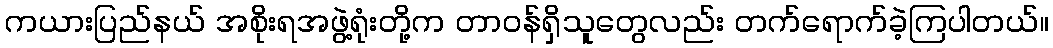
ကယားပြည်နယ် အစိုးရအဖွဲ့ရုံးတို့က တာဝန်ရှိသူတွေလည်း တက်ရောက်ခဲ့ကြပါတယ်။